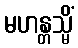
မဟန္တသ္မိံ